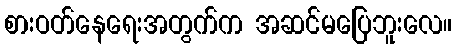
စားဝတ်နေရေးအတွက်က အဆင်မပြေဘူးလေ။